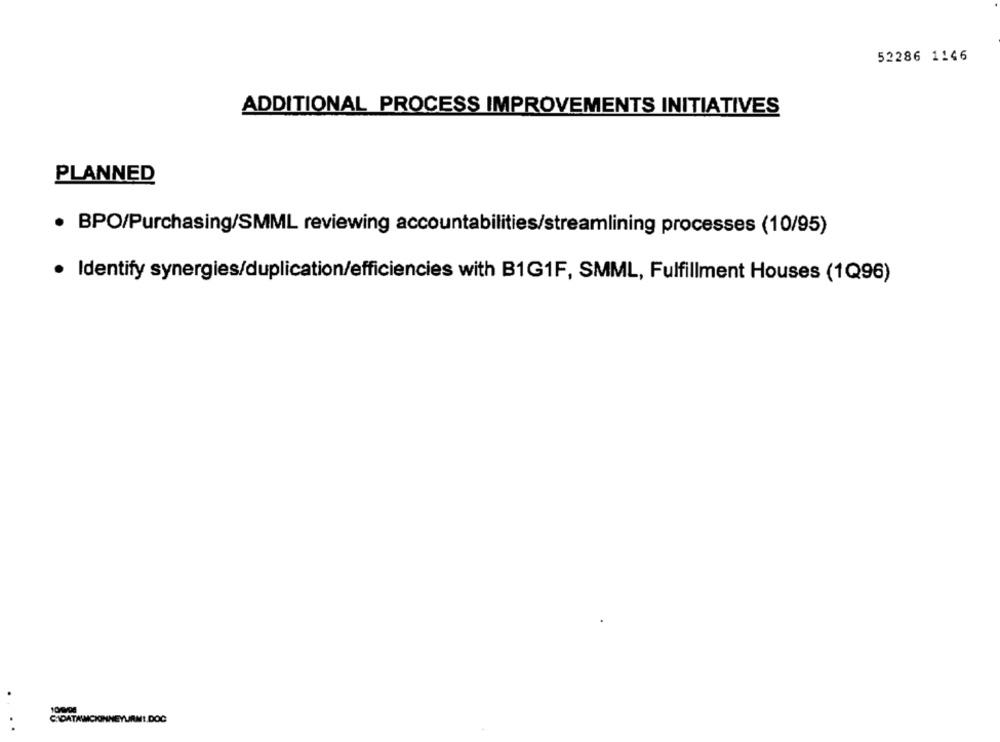
52286 1146
ADDITIONAL PROCESS IMPROVEMENTS INITIATIVES
PLANNED
· BPO/Purchasing/SMML reviewing accountabilities/streamlining processes (10/95)
· Identify synergies/duplication/efficiencies with B1G1F, SMML, Fulfillment Houses (1Q96)
CADATAMCIONNEYURM !. DOC
. .